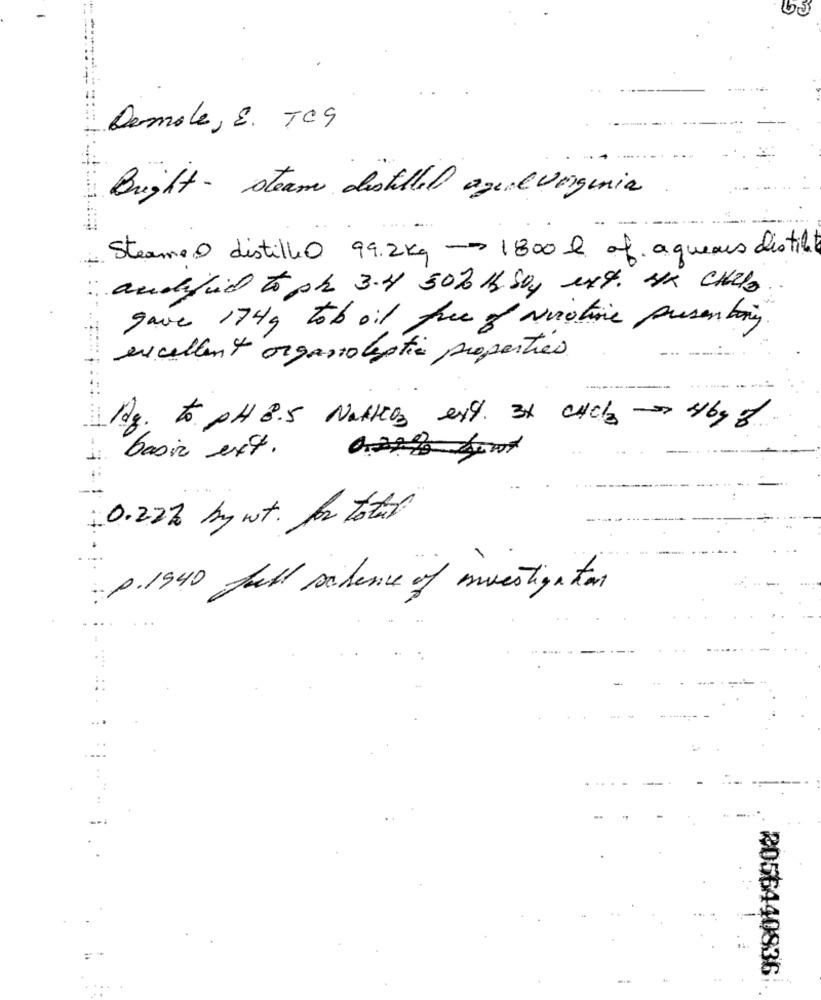
Demole, 8. TCS
Bright- steam distilled agealvorgenia
Steame O distille0 99.2kg -1800 l of aqueous distile
andifail to ph 3.4 502 Kb Soy ext. He CHIPS
gave 174g tob oil free of vuotire presenting
excellent organoleptie properties
----
-... .
De. to PH 3.5 Nattes ext. 3× CHCb - 469 g
basic ext.
0.22% by wt. for total
P. 1940 full silence of investigation
--
2056440836